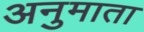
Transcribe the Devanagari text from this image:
अनुमाता